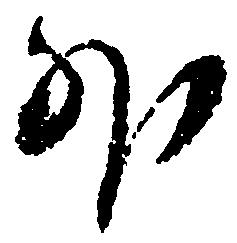
外